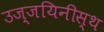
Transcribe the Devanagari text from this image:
उज्जयिनीस्थ